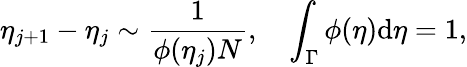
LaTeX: \eta_{j+1}-\eta_{j}\sim\frac{1}{\phi(\eta_{j})N},\quad\int_{\Gamma}\phi(\eta)\mathrm{d}\eta=1,